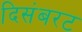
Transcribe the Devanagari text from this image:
दिसंबरट